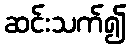
ဆင်းသက်၍